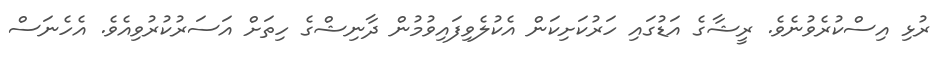
ރުޅި އިސްކުރެވުނެވެ. ރީޝާގެ އަޑުގައި ހަރުކަށިކަން އެކުލެވިފައިވުުމުން ދާނިޝްގެ ހިތަށް އަސަރުކުރުވިއެވެ. އެހެނަސް